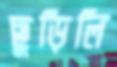
ছুড়িলি